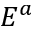
E ^ { a }